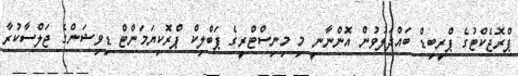
ޕްރޮޖެކްޓުގެ ޕްރީބިޑް ބައްދަލުވުން އޮންނާނީ މި މިނިސްޓްރީގެ ޕަބްލިކް ޕްރޮކިޔަމަންޓް ޑިވިޝަންގެ ޖަލްސާކުރާ